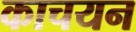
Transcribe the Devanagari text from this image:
काचयन